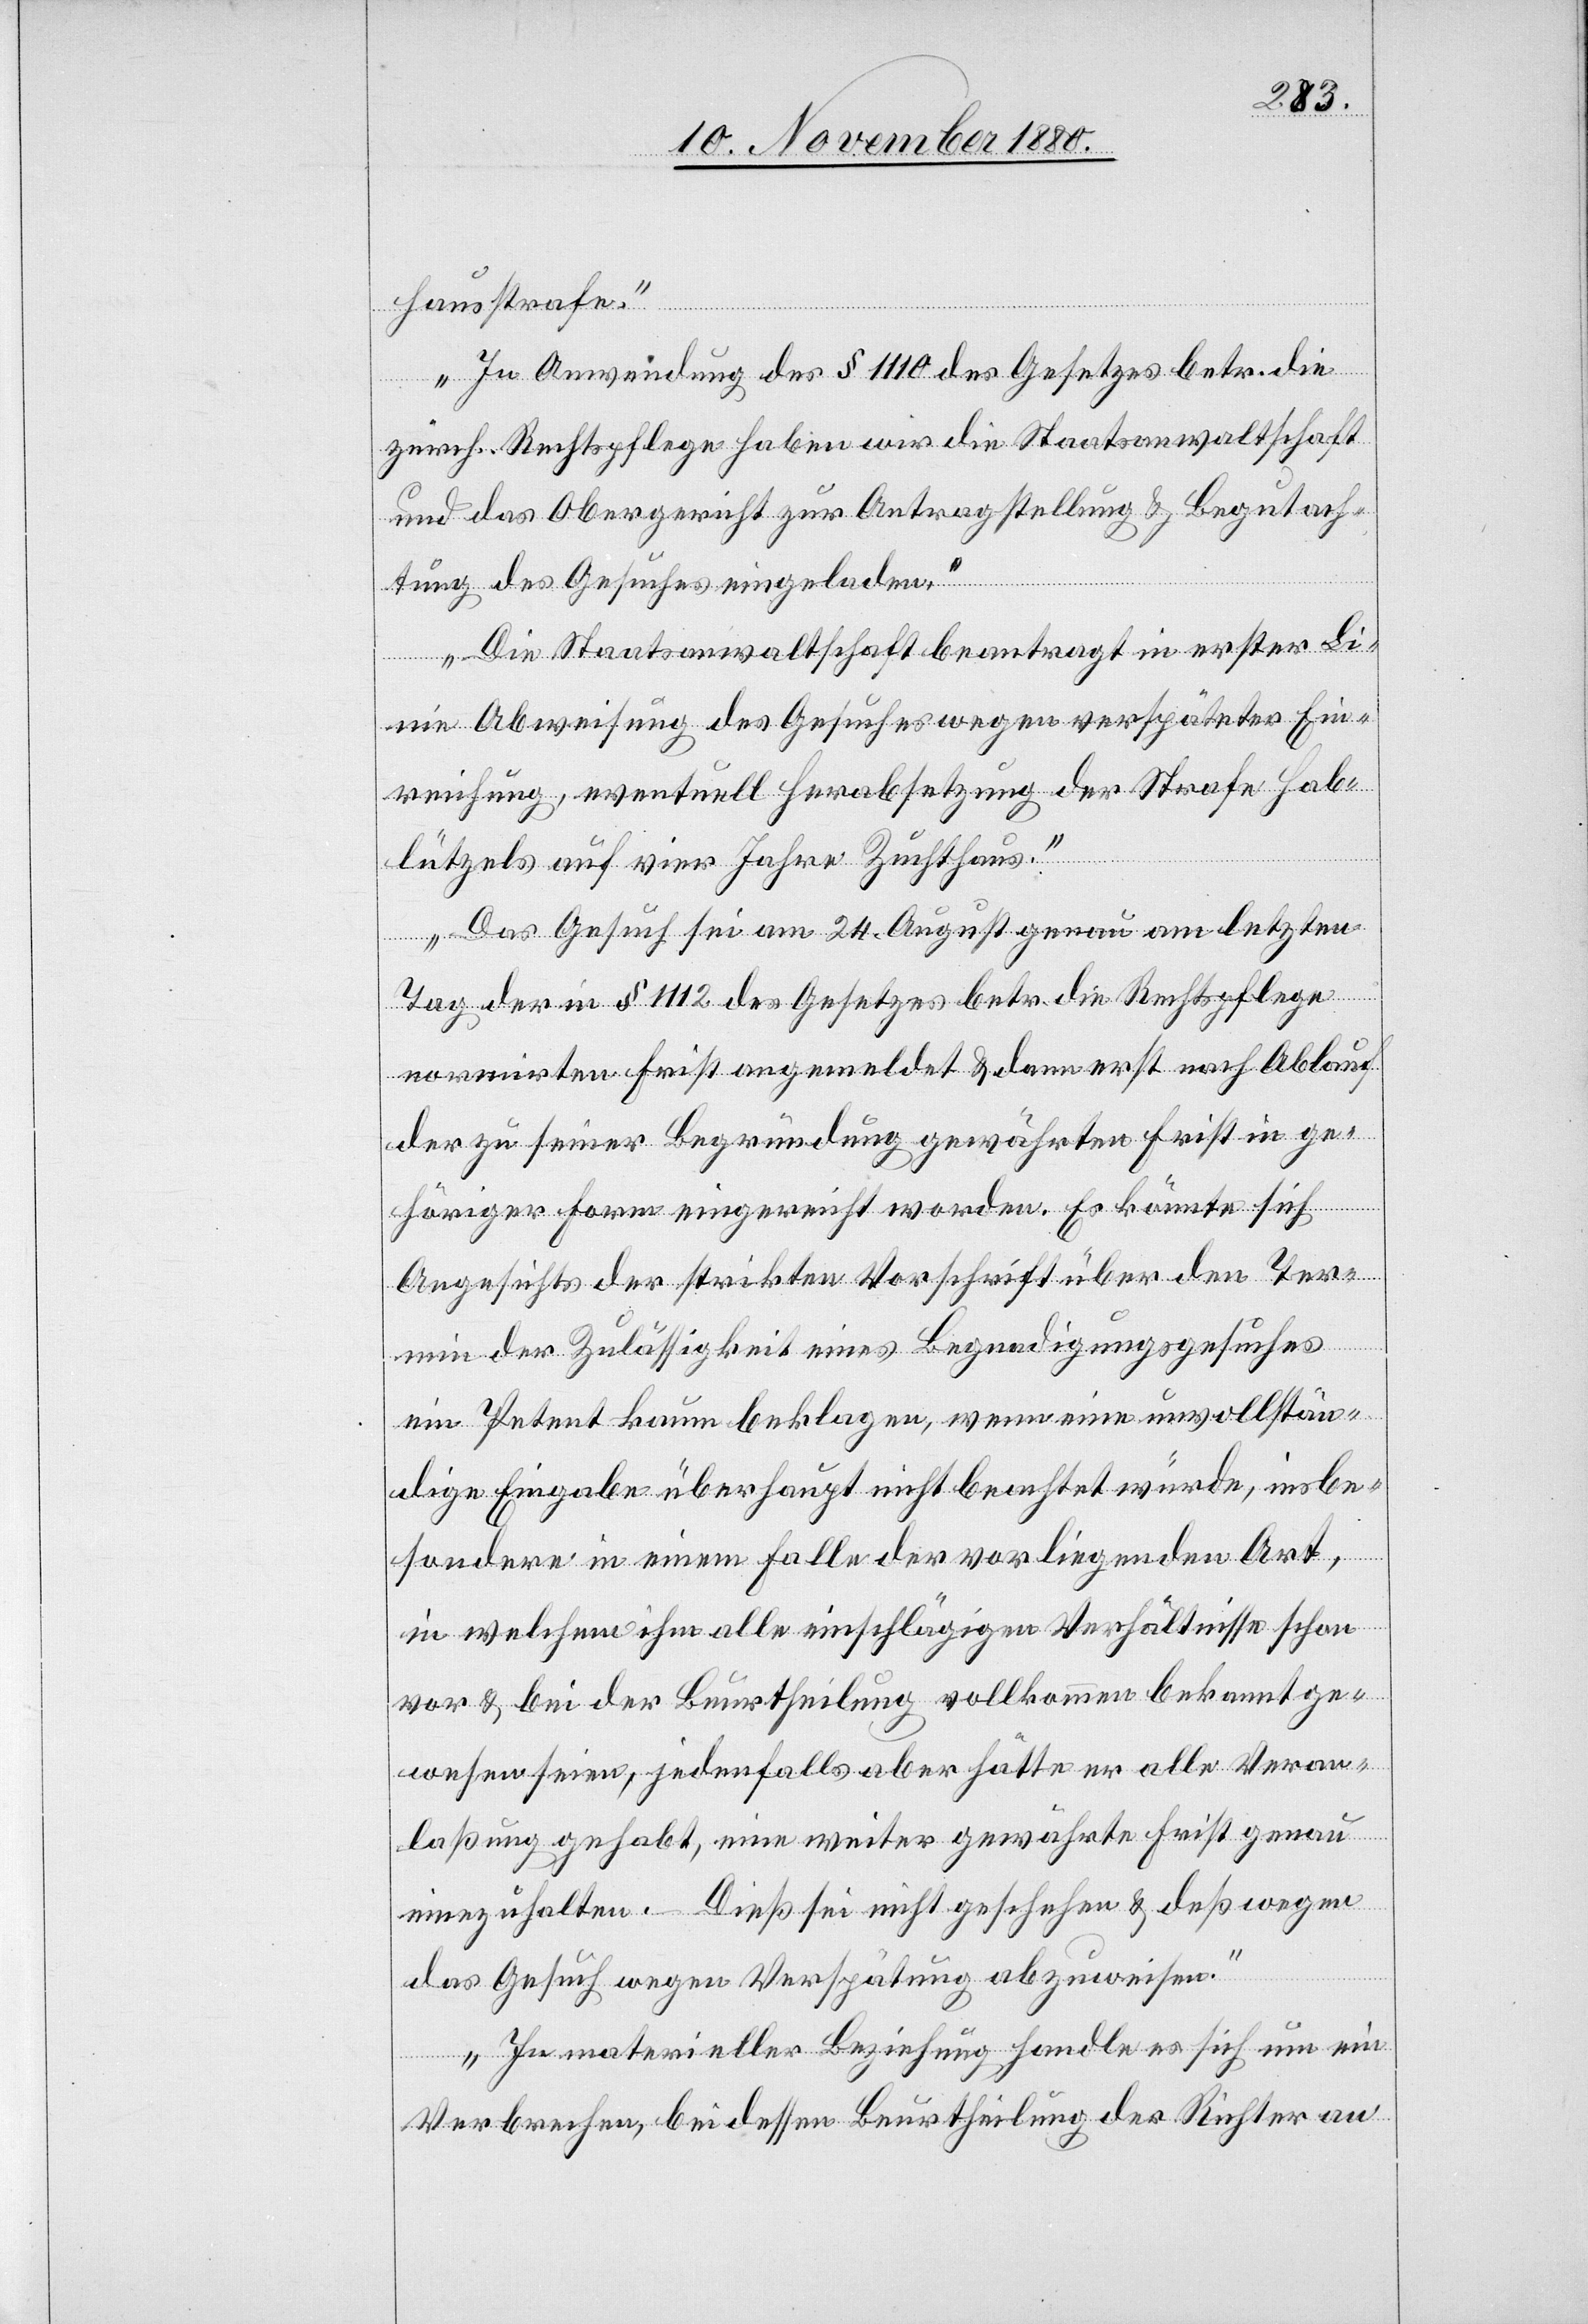
hausstrafe.
In Anwendung des § 1110 des Gesetzes betr. die
zürch. Rechtspflege haben wir die Staatsanwaltschaft
und das Obergericht zur Antragstellung & Begutach¬
tung des Gesuches eingeladen.
Die Staatsanwaltschaft beantragt in erster Li¬
nie Abweisung des Gesuches wegen verspäteter Ein¬
reichung, eventuell Herabsetzung der Strafe Hab¬
lützels auf vier Jahre Zuchthaus.
Das Gesuch sei am 24. August genau am letzten
Tag der in § 1112 des Gesetzes betr. die Rechtspflege
normirten Frist angemeldet & dann erst nach Ablauf
der zu seiner Begründung gewährten Frist in ge¬
höriger Form eingereicht worden. Es könnte sich
Angesichts der strikten Vorschrift über den Ter¬
min der Zulässigkeit eines Begnadigungsgesuches
ein Petent kaum beklagen, wenn eine unvollstän¬
dige Eingabe überhaupt nicht beachtet würde, insbe¬
sondere in einem Falle der vorliegenden Art,
in welchem ihm alle einschlägigen Verhältnisse schon
vor & bei der Beurtheilung vollkommen bekannt ge¬
wesen seien, jedenfalls aber hätte er alle Veran¬
laßung gehabt, eine weiter gewährte Frist genau
einzuhalten. Dieß sei nicht geschehen & deßwegen
das Gesuch wegen Verspätung abzuweisen.
In materieller Beziehung handle es sich um ein
Verbrechen, bei dessen Beurtheilung der Richter an